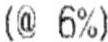
(@ 6%)